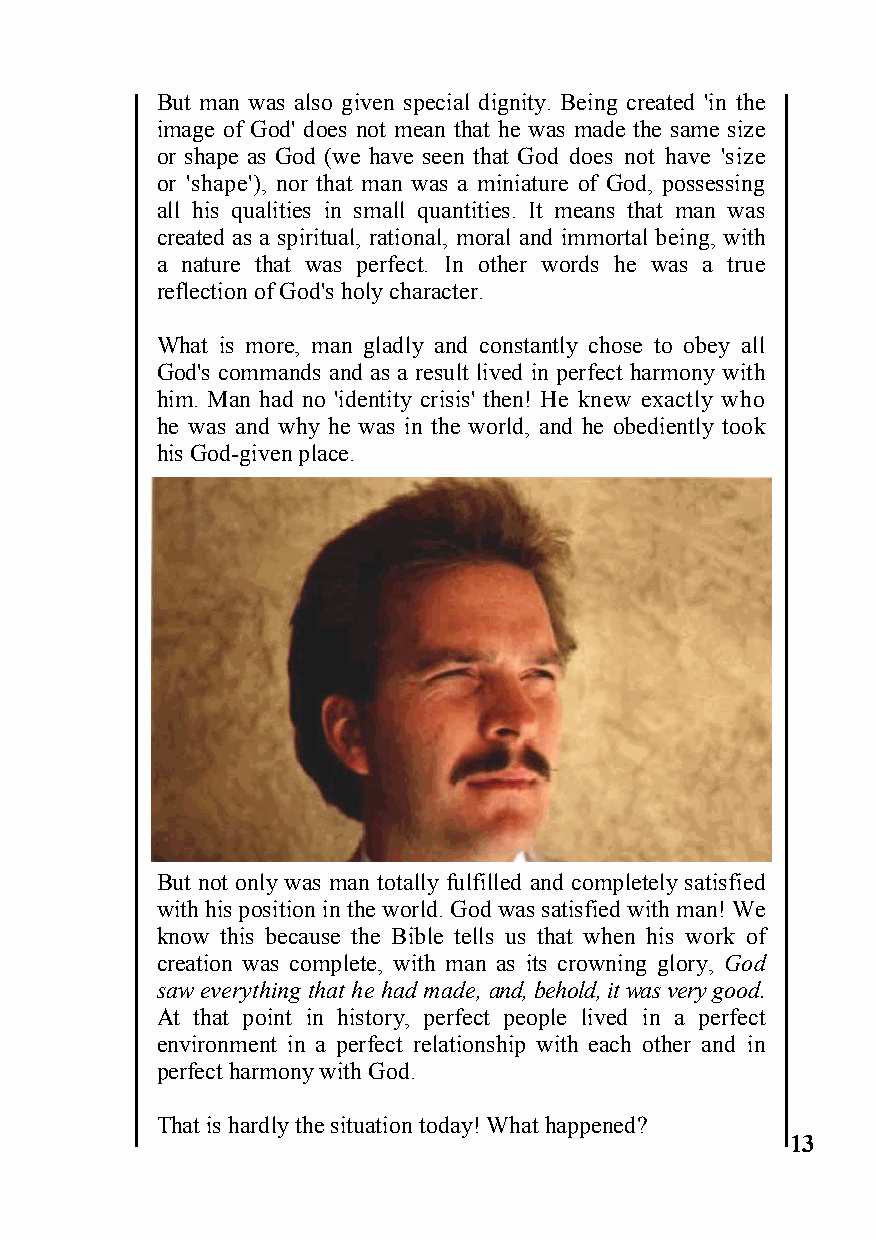
But man was also given special dignity. Being created 'in the
 image of God' does not mean that he was made the same size
 or shape as God (we have seen that God does not have 'size
 or 'shape'), nor that man was a miniature of God, possessing
 all his qualities in small quantities. It means that man was
 created as a spiritual, rational, moral and immortal being, with
 a nature that was perfect. In other words he was a true
 reflection of God's holy character.
 What is more, man gladly and constantly chose to obey all
 God's commands and as a result lived in perfect harmony with
 him. Man had no 'identity crisis' then! He knew exactly who
 he was and why he was in the world, and he obediently took
 his God-given place.
 But not only was man totally fulfilled and completely satisfied
 with his position in the world. God was satisfied with man! We
 know this because the Bible tells us that when his work of
 creation was complete, with man as its crowning glory, God
 saw everything that he had made, and, behold, it was very good.
 At that point in history, perfect people lived in a perfect
 environment in a perfect relationship with each other and in
 perfect harmony with God.
 That is hardly the situation today! What happened?
 13